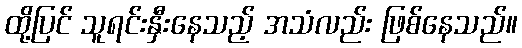
ထို့ပြင် သူရင်းနှီးနေသည့် အသံလည်း ဖြစ်နေသည်။